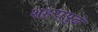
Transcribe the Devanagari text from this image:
शहरापुढे